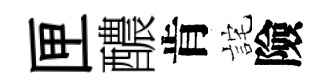
匣醲肯詫險